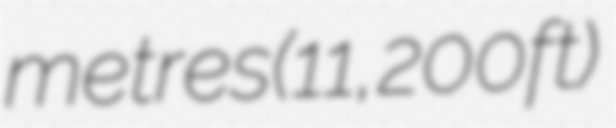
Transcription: metres (11,200 ft)